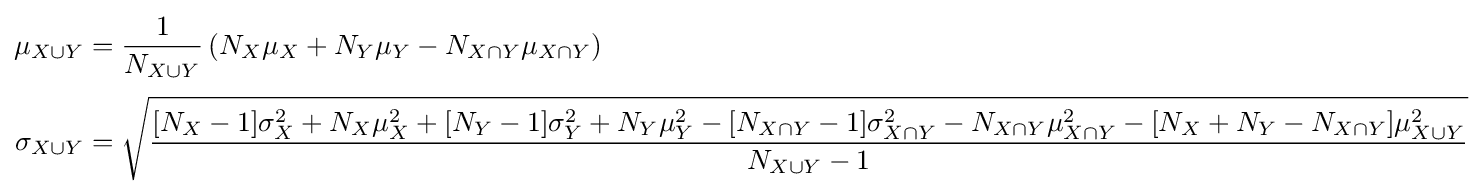
{\begin{aligned}\mu _{X\cup Y}&={\frac {1}{N_{X\cup Y}}}\left(N_{X}\mu _{X}+N_{Y}\mu _{Y}-N_{X\cap Y}\mu _{X\cap Y}\right)\\[3pt]\sigma _{X\cup Y}&={\sqrt {\frac {[N_{X}-1]\sigma _{X}^{2}+N_{X}\mu _{X}^{2}+[N_{Y}-1]\sigma _{Y}^{2}+N_{Y}\mu _{Y}^{2}-[N_{X\cap Y}-1]\sigma _{X\cap Y}^{2}-N_{X\cap Y}\mu _{X\cap Y}^{2}-[N_{X}+N_{Y}-N_{X\cap Y}]\mu _{X\cup Y}^{2}}{N_{X\cup Y}-1}}}\end{aligned}}